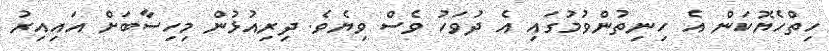
ހިތްހެޔޮކަން އެ ހިނިތުންވުމުގައި އެ ދުވަހު ވެސް ވިޔެވެ. ދިރިއުޅުން މިހިސާބަށް އައިއިރު